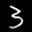
Label: 3